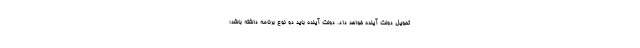
تحویل دولت آینده خواهد داد. دولت آینده باید دو نوع برنامه داشته باشد؛